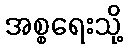
အစ္စရေးသို့